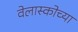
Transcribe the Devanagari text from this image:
वेलास्कोच्या